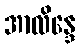
အာလိန္ဒေ